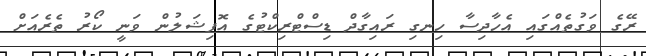
ރޭގެ ވަގުތެއްގައި އެހާދިސާ ހިނގި ރައިގާދް ޑިސްޓްރިކްޓުގެ އޮފިޝަލުން ވަނީ ކޯރު ތެރެއަށް